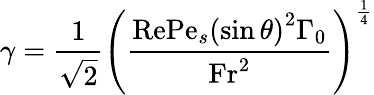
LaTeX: \gamma=\frac{1}{\sqrt{2}}\left(\frac{\mathrm{Re}\mathrm{Pe}_{s}\left(\sin\theta\right)^{2}\Gamma_{0}}{\mathrm{Fr}^{2}}\right)^{\frac{1}{4}}